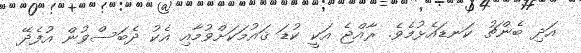
އަދި ބެންޗު ކަނޑައެޅުމެވެ. ރާއްޖެ އަކީ ކުޑަ ޤައުމަކަށްވުމާއި އެކު ދެބަސްވުން އުފެދޭ